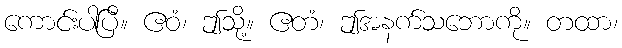
ကောင်းပါပြီ။ ဧဝံ၊ ဤသို့။ ဧတံ၊ ဤအနက်သဘောကို။ တထာ၊